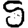
Digit: 5